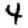
Digit: 4